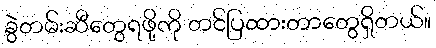
ခွဲတမ်းဆီတွေရဖို့ကို တင်ပြထားတာတွေရှိတယ်။